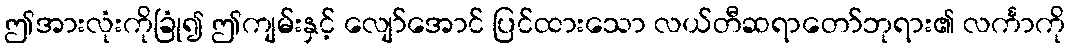
ဤအားလုံးကိုခြုံ၍ ဤကျမ်းနှင့် လျော်အောင် ပြင်ထားသော လယ်တီဆရာတော်ဘုရား၏ လင်္ကာကို